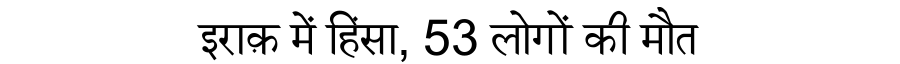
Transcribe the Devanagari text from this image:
इराक़ में हिंसा, 53 लोगों की मौत